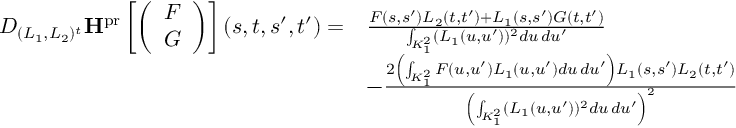
\begin{array} { r l } { D _ { ( L _ { 1 } , L _ { 2 } ) ^ { t } } \mathbf { H } ^ { \mathrm { p r } } \left[ \left( \begin{array} { c } { F } \\ { G } \end{array} \right) \right] ( s , t , s ^ { \prime } , t ^ { \prime } ) = } & { \frac { F ( s , s ^ { \prime } ) L _ { 2 } ( t , t ^ { \prime } ) + L _ { 1 } ( s , s ^ { \prime } ) G ( t , t ^ { \prime } ) } { \int _ { K _ { 1 } ^ { 2 } } ( L _ { 1 } ( u , u ^ { \prime } ) ) ^ { 2 } d u \, d u ^ { \prime } } } \\ & { - \frac { 2 \left( \int _ { K _ { 1 } ^ { 2 } } F ( u , u ^ { \prime } ) L _ { 1 } ( u , u ^ { \prime } ) d u \, d u ^ { \prime } \right) L _ { 1 } ( s , s ^ { \prime } ) L _ { 2 } ( t , t ^ { \prime } ) } { \left( \int _ { K _ { 1 } ^ { 2 } } ( L _ { 1 } ( u , u ^ { \prime } ) ) ^ { 2 } d u \, d u ^ { \prime } \right) ^ { 2 } } } \end{array}